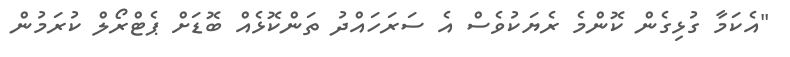
"އެކަމާ ގުޅިގެން ކޮންމެ ރެޔަކުވެސް އެ ސަރަހައްދު ތަންކޮޅެއް ބޮޑަށް ޕެޓްރޯލް ކުރަމުން